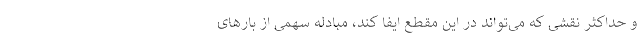
و حداکثر نقشی که می‌تواند در این مقطع ایفا کند، مبادله سهمی از بارهای